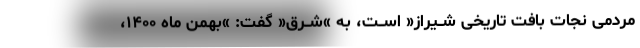
مردمی نجات بافت تاریخی شــیراز« اســت، به »شــرق« گفت: »بهمن ماه ۱۴۰۰،